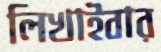
লিখাইবার